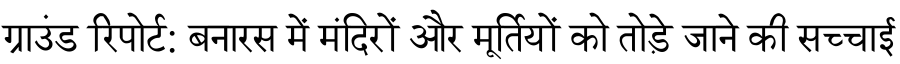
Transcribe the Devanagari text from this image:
ग्राउंड रिपोर्ट: बनारस में मंदिरों और मूर्तियों को तोड़े जाने की सच्चाई